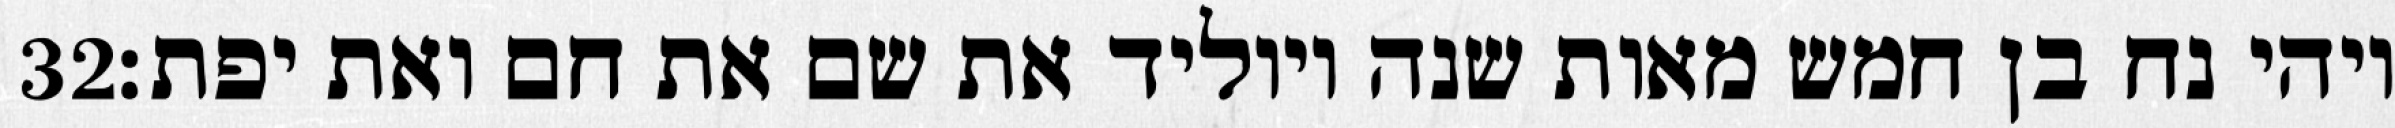
‎32‏ ויהי נח בן חמש מאות שנה ויוליד את שם את חם ואת יפת׃